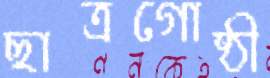
ছাত্রগোষ্ঠী